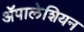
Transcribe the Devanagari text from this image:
ॲपालेशियन